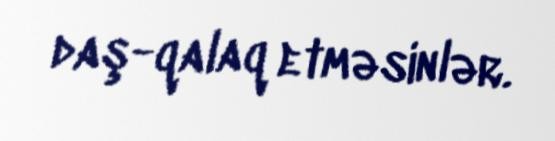
daş-qalaq etməsinlər.